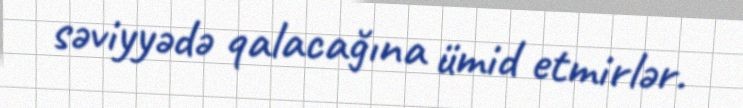
səviyyədə qalacağına ümid etmirlər.